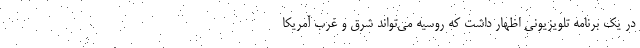
در یک برنامه تلویزیونی اظهار داشت که روسیه می‌تواند شرق و غرب آمریکا